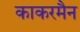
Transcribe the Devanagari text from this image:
काकरमैन